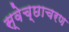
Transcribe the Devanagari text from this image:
स्वेच्छाचरण